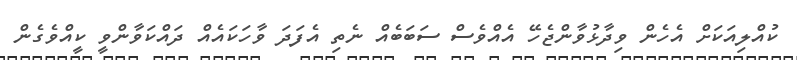
ކުއްލިއަކަށް އެހެން ވިދާޅުވާންޖެހޭ އެއްވެސް ސަބަބެއް ނެތި އެފަދަ ވާހަކައެއް ދައްކަވާންވީ ކީއްވެގެން